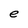
Character: e